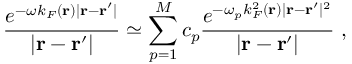
\frac { e ^ { - \omega k _ { F } ( \mathbf { r } ) | \mathbf { r } - \mathbf { r } ^ { \prime } | } } { | \mathbf { r } - \mathbf { r } ^ { \prime } | } \simeq \sum _ { p = 1 } ^ { M } c _ { p } \frac { e ^ { - \omega _ { p } k _ { F } ^ { 2 } ( \mathbf { r } ) | \mathbf { r } - \mathbf { r } ^ { \prime } | ^ { 2 } } } { | \mathbf { r } - \mathbf { r } ^ { \prime } | } \ ,